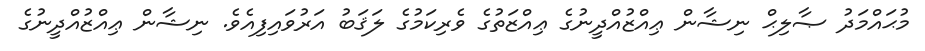
މުޙައްމަދު ޞާލިޙް ނިޝާން ޢިއްޒުއްދީނުގެ ޢިއްޒަތުގެ ވެރިކަމުގެ ލަޤަބު އަރުވައިފިއެވެ. ނިޝާން ޢިއްޒުއްދީނުގެ